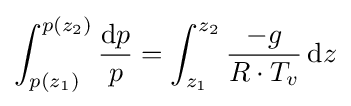
\int _{p(z_{1})}^{p(z_{2})}{\frac {\mathrm {d} p}{p}}=\int _{z_{1}}^{z_{2}}{\frac {-g}{R\cdot T_{v}}}\,\mathrm {d} z